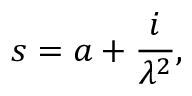
s = a + \frac { i } { \lambda ^ { 2 } } ,